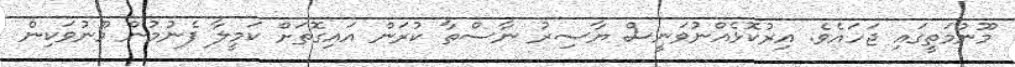
މޫނުމަތީގައި ޖަހައެވެ. އިރުކޮޅެއްނުވަނީސް ޔާސިރު ނާސްތާ ކުރަން އައިގޮތަށް ކަމީލާ ފެނުމުން މޫނުވަކިން